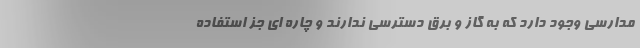
مدارسی وجود دارد که به گاز و برق دسترسی ندارند و چاره ای جز استفاده